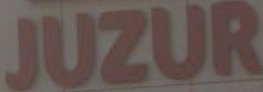
JUZUR